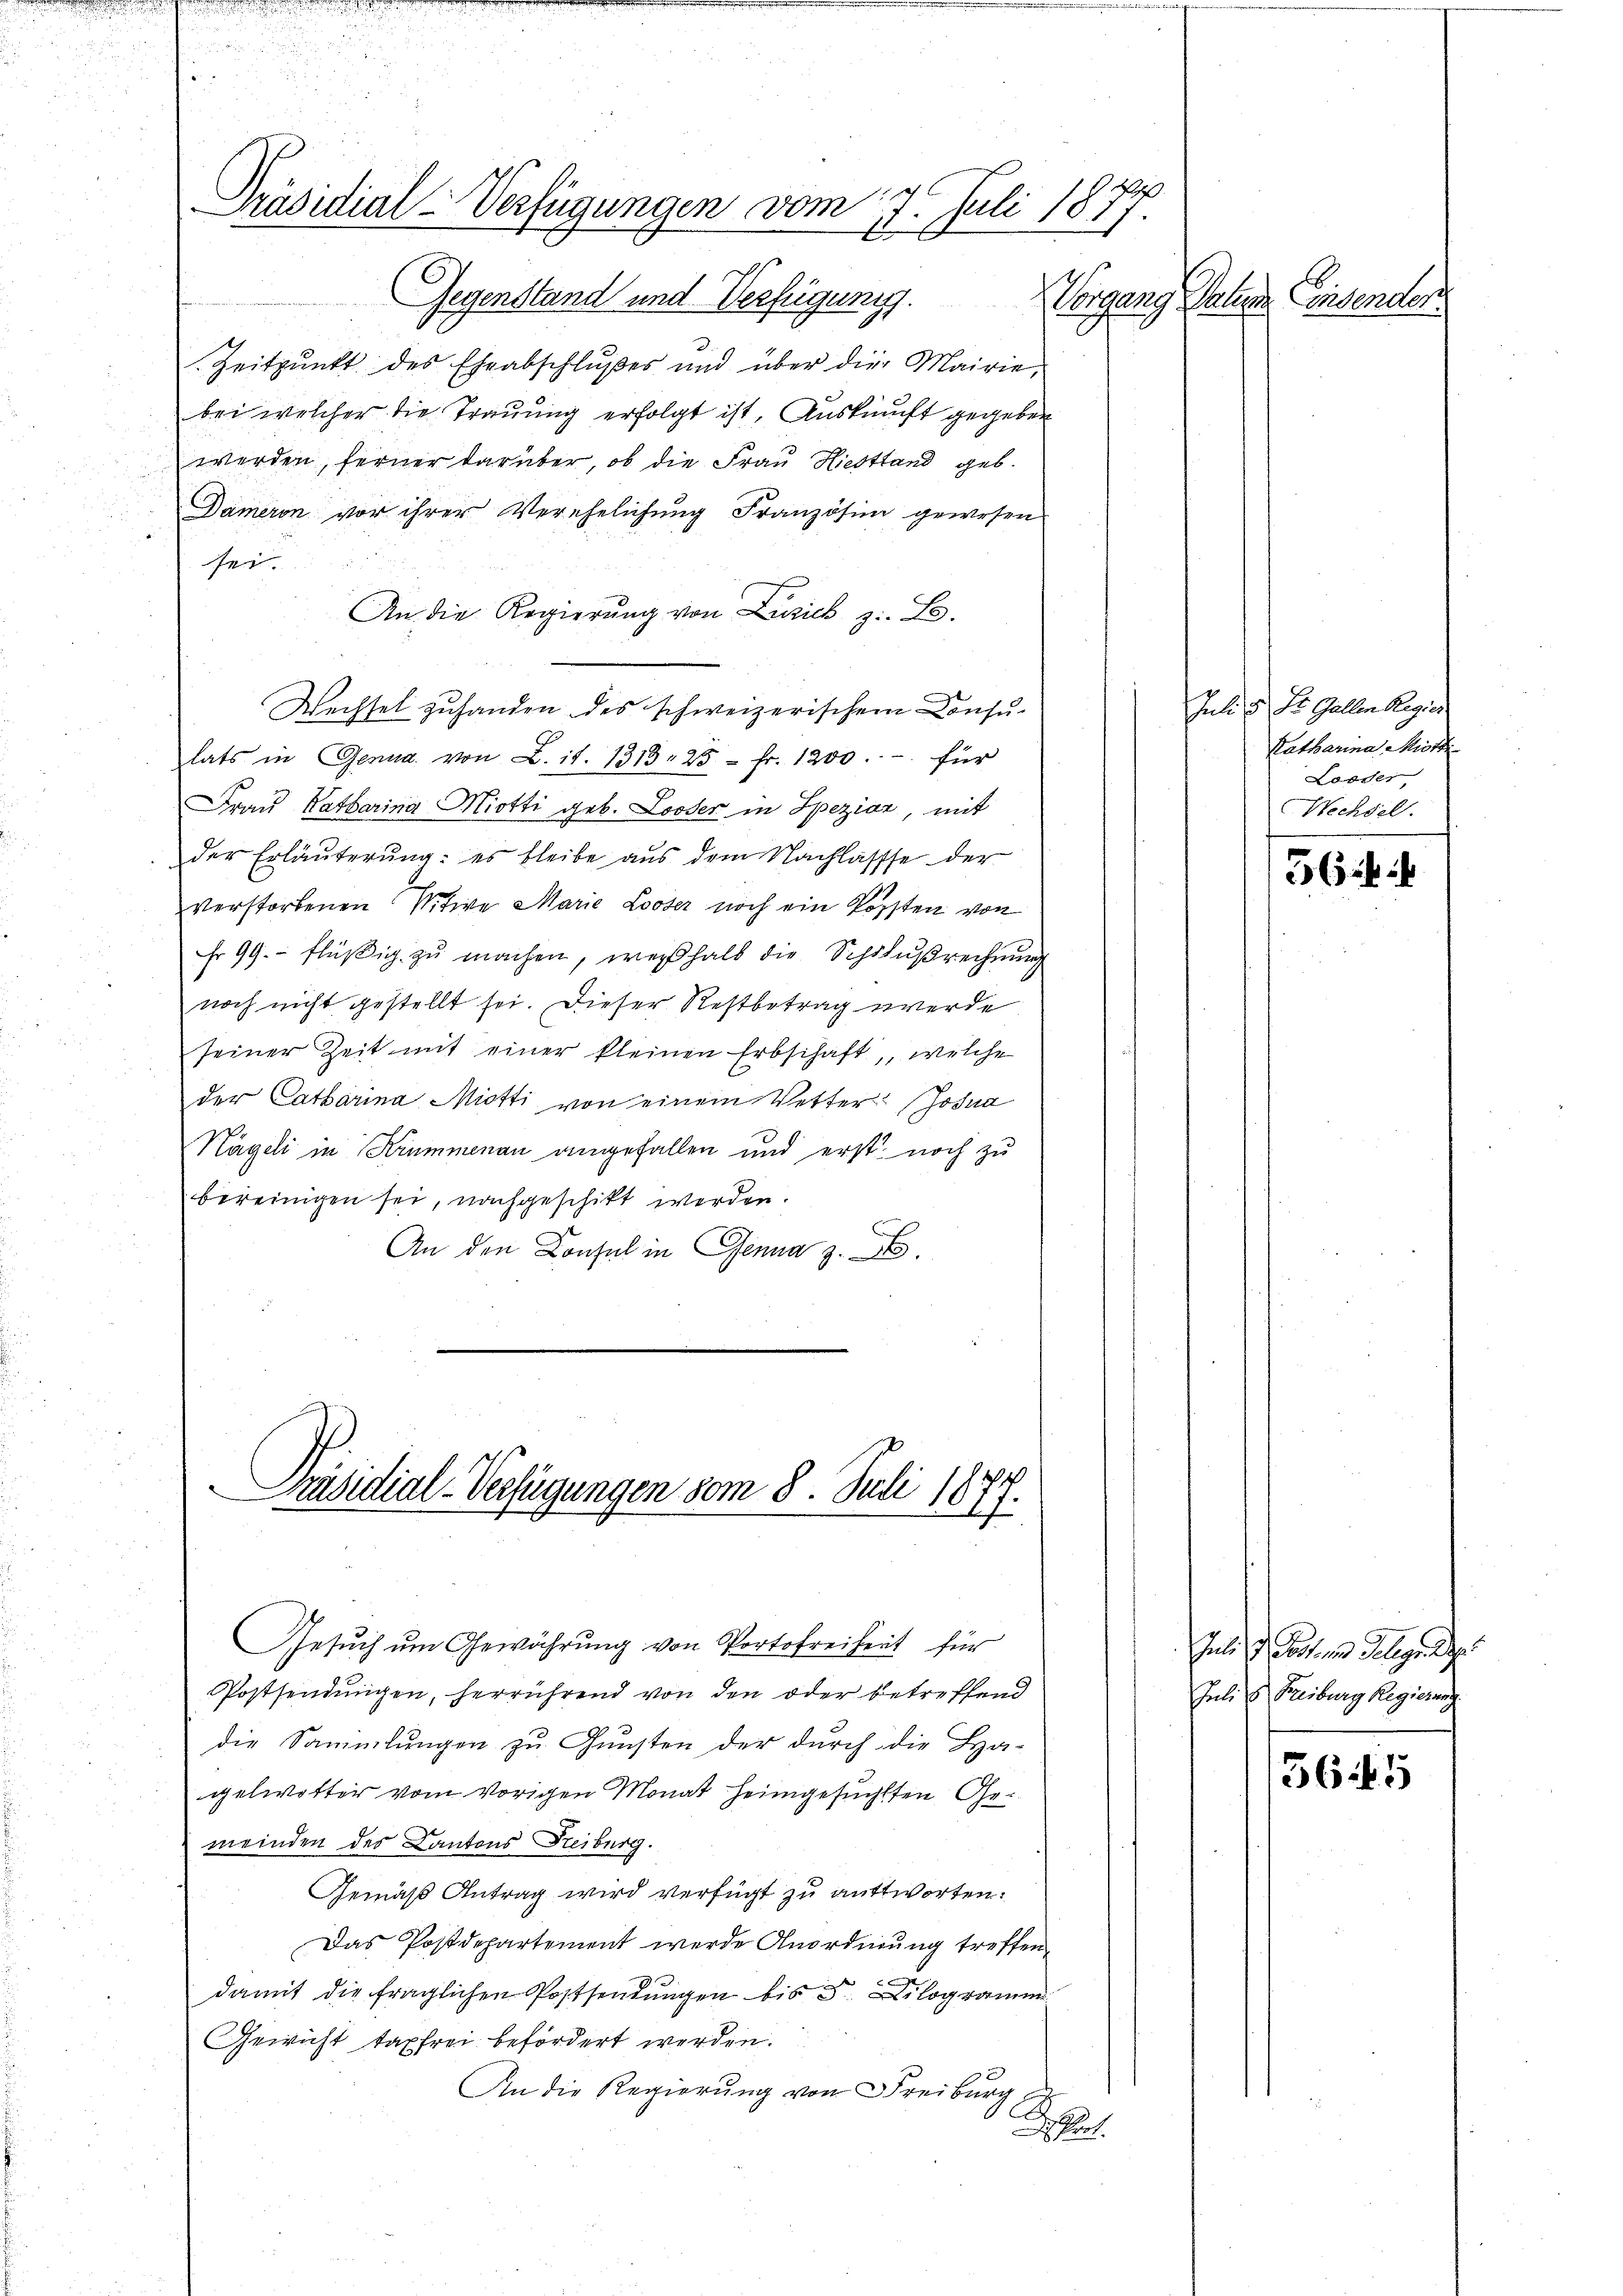
u

Präsidial-Verfügungen vom 7. Juli 1877.
1
Gegenstand und Verfügung.
Vorgang Datum Consenden

Zeitpunkt des Eheabschlußes und über die Mairie,
bei welcher die Trauung erfolgt ist, Auskunft gegeben
werden, ferner darüber, ob die Frau Hiestand geb.
Dameron vor ihrer Verehelichung Französini gewesen
sei.
An die Regierung von Zusich z. B.
Wechsel zuhanden des schweizerischem Consu-
lats in Genua von L. it. 1313. 25 fr. 1200.- für
Frau Katharina Miotti geb. Looser in Speziar, mit
der Erläuterung: es bleibe aus dem Nachlasse der
verstorbenen Witwe Marie Looser noch ein Kosten von
r 99. flüßig zu machen, weßhalb die Schlußrechnung
noch nicht gestellt sei. Dieser Restbetrag werde
seiner Zeit mit einer kleinen Erbschaft, welche
der Catharina Miotti von einem Vetter Josua
Nägeli in Krummenau angefallen und erst noch zu
bereinigen sei, nachgeschikt werden.
An den Consul in Genua z. B.

Präsidial-Verfügungen vom 8. Juli 1877.

Gesŭch ŭm Gewährŭng von Portofreiheit für
Postsendungen, herrührend von den oder betreffend
die Sammlungen zu Gunsten der durch die Ha-
gelwetter vom vorigen Monat heimgesuchten Gemeinden des Kantons Freiburg.
Gemäß Antrag wird verfügt zu antworten.
Das Postdepartement werde Anordnung treffen,
damit die fraglichen Postsendungen bis 5 Kilogramm
Gewicht taxfrei befördert werden.
An die Regierung von Freiburg
Sche

Juli u. St. Gallen Regier
Katharina Mitt
Wooder
Wechsel.

36 ff

Juli d. Post und Gelege der
Juli u. Freiburg Regierung

3645